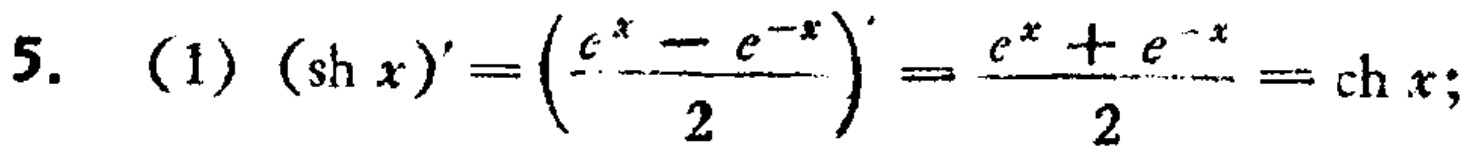
5. (1) \((\mathrm{sh}\,x)'=\left(\frac{e^{x}-e^{-x}}{2}\right)'=\frac{e^{x}+e^{-x}}{2}=\mathrm{ch}\,x;\)